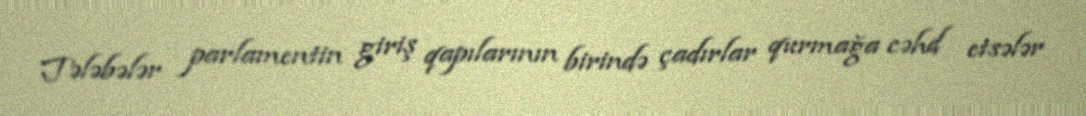
Tələbələr parlamentin giriş qapılarının birində çadırlar qurmağa cəhd etsələr